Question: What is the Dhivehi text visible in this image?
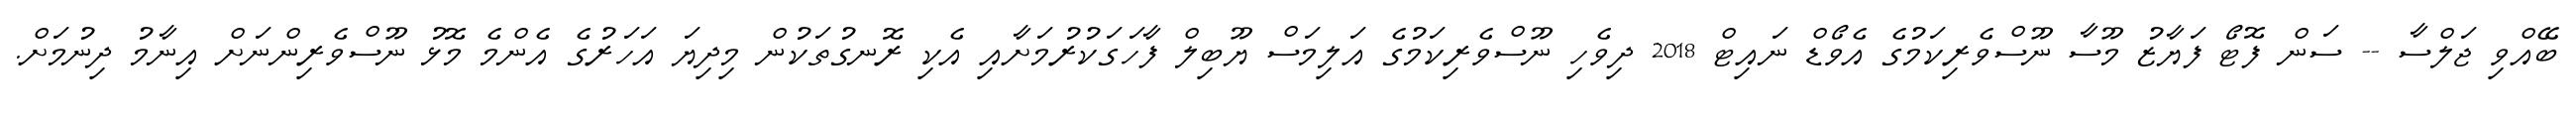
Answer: ބޭއްވި ޖަލްސާ -- ސަން ފޮޓޯ ފަޔާޒު މޫސާ ނޫސްވެރިކަމުގެ އެވޯޑް ނައިޓް 2018 ދިވެހި ނޫސްވެރިކަމުގެ އަލިމަސް ޔޫބިލް ފާހަގަކުރުމަށާއި އެކި ރޮނގުތަކުން މިދިޔަ އަހަރުގެ އެންމެ މޮޅު ނޫސްވެރިންނަށް އިނާމު ދިނުމަށް.